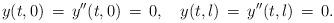
LaTeX: \begin{align*}y(t,0)\,=\,y''(t,0)\,=\,0,\quad y(t,l)\,=\,y''(t,l)\,=\,0.\end{align*}